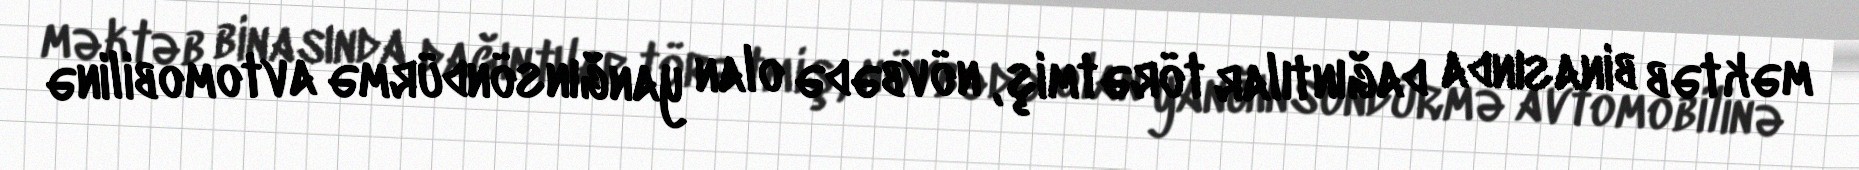
məktəb binasında dağıntılar törətmiş, növbədə olan yanğınsöndürmə avtomobilinə